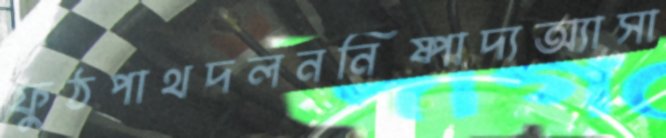
ফুঠপাথদলননিষ্পাদ্যঅ্যাসা